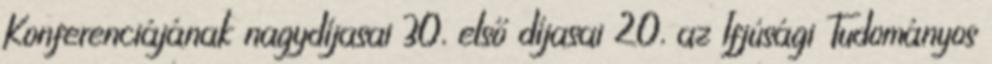
Konferenciájának nagydíjasai 30, első díjasai 20, az Ifjúsági Tudományos